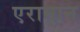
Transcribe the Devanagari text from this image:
एरामान